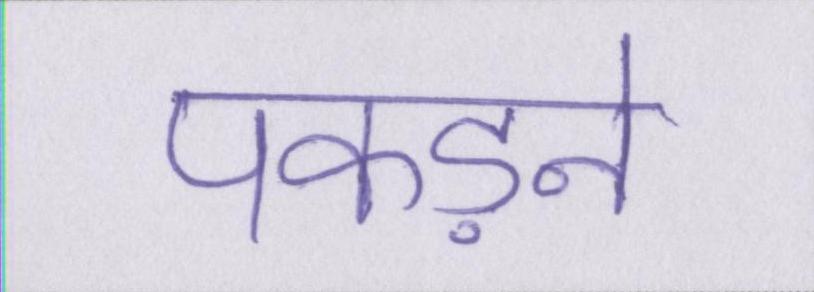
पकड़ने